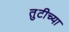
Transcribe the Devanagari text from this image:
तुटीच्या